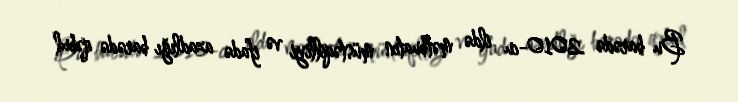
Bu barədə 2010-cu ildə mətbuatın müstəqilliyi və ifadə azadlığı barədə qəbul